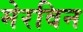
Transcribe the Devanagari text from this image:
मेरविन